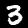
Digit: 3